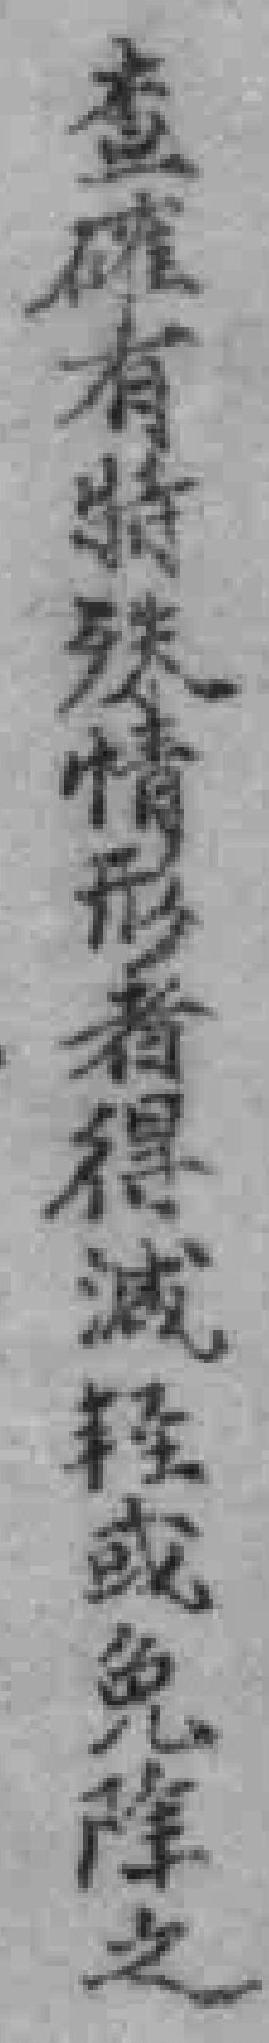
查確有特殊情形者得減輕或免除之